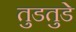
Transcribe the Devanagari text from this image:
तुडतुडे